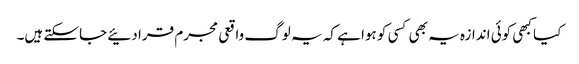
کیا کبھی کوئی اندازہ یہ بھی کسی کو ہوا ہے کہ یہ لوگ واقعی مجرم قرا دئیے جاسکتے ہیں۔